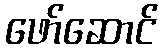
ဖော်ဆောင်